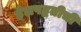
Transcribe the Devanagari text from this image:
हेलपद्धतीची